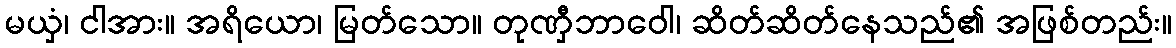
မယှံ၊ ငါအား။ အရိယော၊ မြတ်သော။ တုဏှီဘာဝေါ၊ ဆိတ်ဆိတ်နေသည်၏ အဖြစ်တည်း။